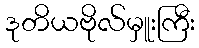
ဒုတိယဗိုလ်မှူးကြီး